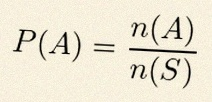
P(A)=\frac{n(A)}{n(S)}